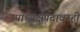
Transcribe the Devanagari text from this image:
उपाध्यक्षपदावरही